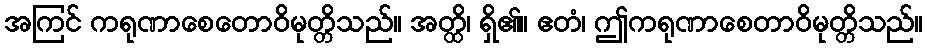
အကြင် ကရုဏာစေတောဝိမုတ္တိသည်။ အတ္ထိ၊ ရှိ၏။ ဧတံ၊ ဤကရုဏာစေတာဝိမုတ္တိသည်။